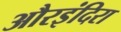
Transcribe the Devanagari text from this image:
औरइंदिरा